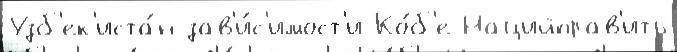
Узб'ек'иста́н зав'и́с'имост'и Ко́б'е Нацийправ'ить